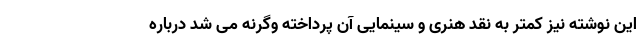
این نوشته نیز کمتر به نقد هنری و سینمایی آن پرداخته وگرنه می شد درباره